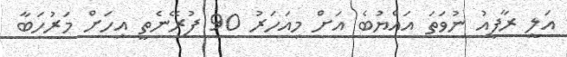
އަލީ ރާފިއު ނުވަތަ އައްޔުބެ އަށް މިއަހަރު 90 ފުރޭނެތީ އިހަށް މަރުހަބާ